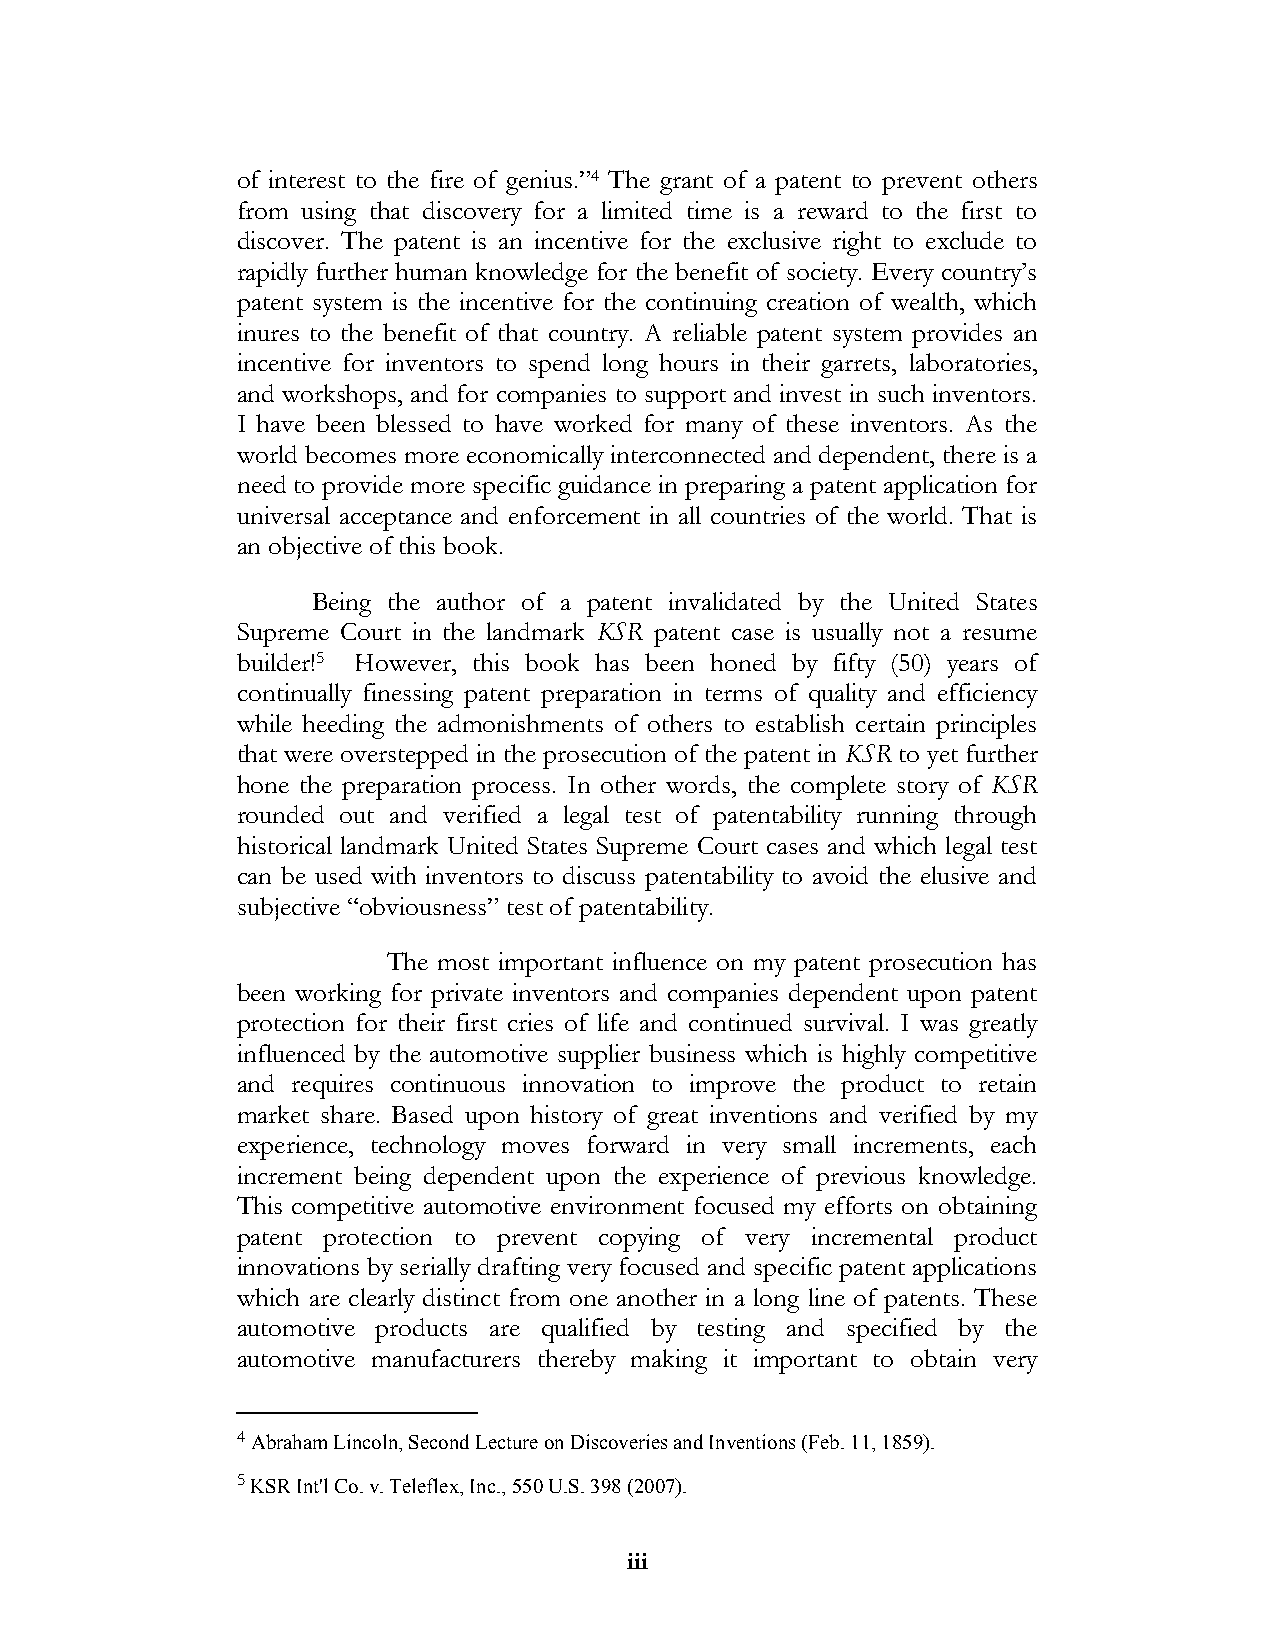
of interest to the fire of genius.”4 The grant of a patent to prevent others
 from using that discovery for a limited time is a reward to the first to
 discover. The patent is an incentive for the exclusive right to exclude to
 rapidly further human knowledge for the benefit of society. Every country’s
 patent system is the incentive for the continuing creation of wealth, which
 inures to the benefit of that country. A reliable patent system provides an
 incentive for inventors to spend long hours in their garrets, laboratories,
 and workshops, and for companies to support and invest in such inventors.
 I have been blessed to have worked for many of these inventors. As the
 world becomes more economically interconnected and dependent, there is a
 need to provide more specific guidance in preparing a patent application for
 universal acceptance and enforcement in all countries of the world. That is
 an objective of this book.
 Being the author of a patent invalidated by the United States
 Supreme Court in the landmark KSR patent case is usually not a resume
 builder!5 However, this book has been honed by fifty (50) years of
 continually finessing patent preparation in terms of quality and efficiency
 while heeding the admonishments of others to establish certain principles
 that were overstepped in the prosecution of the patent in KSR to yet further
 hone the preparation process. In other words, the complete story of KSR
 rounded out and verified a legal test of patentability running through
 historical landmark United States Supreme Court cases and which legal test
 can be used with inventors to discuss patentability to avoid the elusive and
 subjective “obviousness” test of patentability.
 The most important influence on my patent prosecution has
 been working for private inventors and companies dependent upon patent
 protection for their first cries of life and continued survival. I was greatly
 influenced by the automotive supplier business which is highly competitive
 and requires continuous innovation to improve the product to retain
 market share. Based upon history of great inventions and verified by my
 experience, technology moves forward in very small increments, each
 increment being dependent upon the experience of previous knowledge.
 This competitive automotive environment focused my efforts on obtaining
 patent protection to prevent copying of very incremental product
 innovations by serially drafting very focused and specific patent applications
 which are clearly distinct from one another in a long line of patents. These
 automotive products are qualified by testing and specified by the
 automotive manufacturers thereby making it important to obtain very
 4 Abraham Lincoln, Second Lecture on Discoveries and Inventions (Feb. 11, 1859).
 5 KSR Int'l Co. v. Teleflex, Inc., 550 U.S. 398 (2007).
 iii